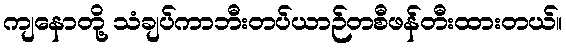
ကျနောတို့ သံချပ်ကာဘီးတပ်ယာဉ်တစီဖန်တီးထားတယ်။